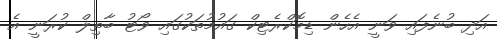
އަދި ބުނެފައި ވަނީ އެހެން ޑިމޮކްރެޓިކް ގައުމުތަކުގައި ވޯޓު ބާތިލް ކުރަނީ އެ